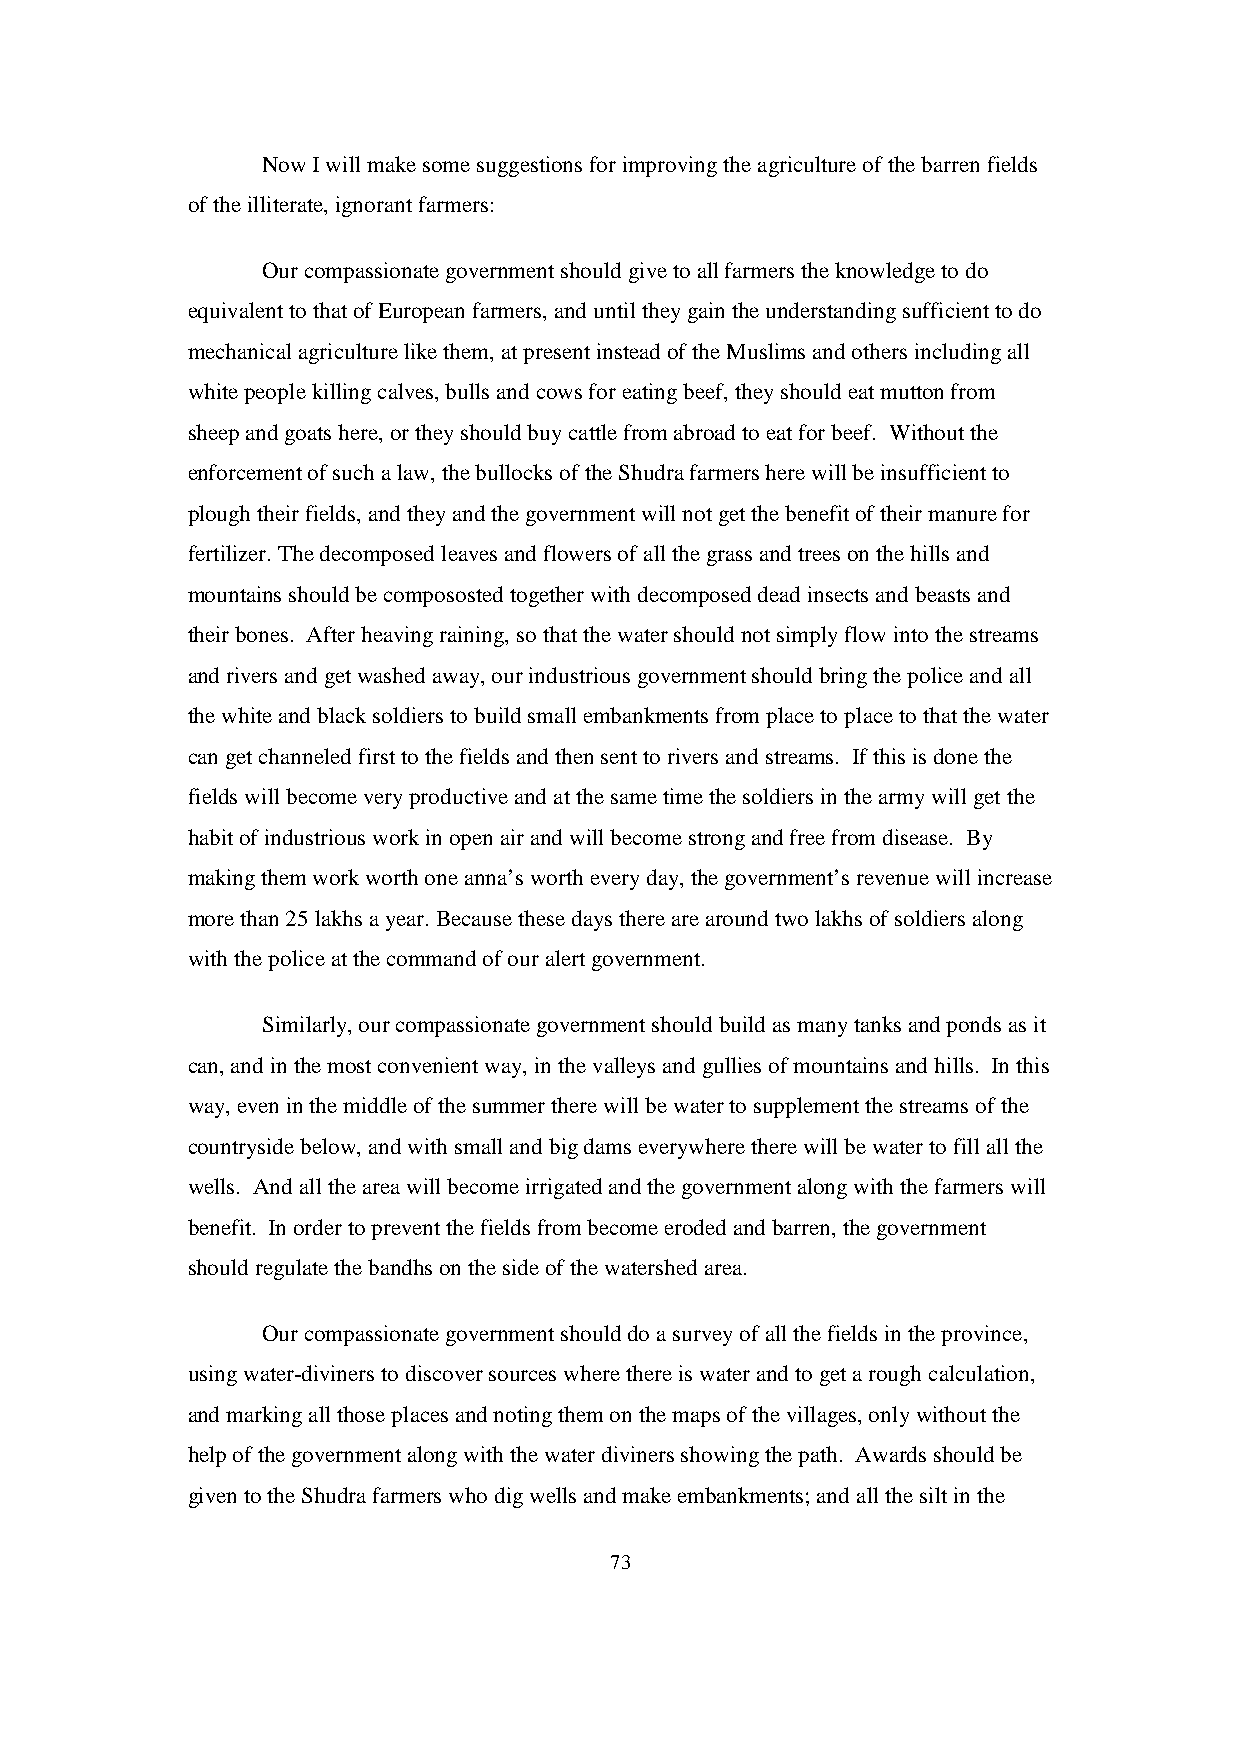
Now I will make some suggestions for improving the agriculture of the barren fields
 of the illiterate, ignorant farmers:
 Our compassionate government should give to all farmers the knowledge to do
 equivalent to that of European farmers, and until they gain the understanding sufficient to do
 mechanical agriculture like them, at present instead of the Muslims and others including all
 white people killing calves, bulls and cows for eating beef, they should eat mutton from
 sheep and goats here, or they should buy cattle from abroad to eat for beef. Without the
 enforcement of such a law, the bullocks of the Shudra farmers here will be insufficient to
 plough their fields, and they and the government will not get the benefit of their manure for
 fertilizer. The decomposed leaves and flowers of all the grass and trees on the hills and
 mountains should be compososted together with decomposed dead insects and beasts and
 their bones. After heaving raining, so that the water should not simply flow into the streams
 and rivers and get washed away, our industrious government should bring the police and all
 the white and black soldiers to build small embankments from place to place to that the water
 can get channeled first to the fields and then sent to rivers and streams. If this is done the
 fields will become very productive and at the same time the soldiers in the army will get the
 habit of industrious work in open air and will become strong and free from disease. By
 making them work worth one anna’s worth every day, the government’s revenue will increase
 more than 25 lakhs a year. Because these days there are around two lakhs of soldiers along
 with the police at the command of our alert government.
 Similarly, our compassionate government should build as many tanks and ponds as it
 can, and in the most convenient way, in the valleys and gullies of mountains and hills. In this
 way, even in the middle of the summer there will be water to supplement the streams of the
 countryside below, and with small and big dams everywhere there will be water to fill all the
 wells. And all the area will become irrigated and the government along with the farmers will
 benefit. In order to prevent the fields from become eroded and barren, the government
 should regulate the bandhs on the side of the watershed area.
 Our compassionate government should do a survey of all the fields in the province,
 using water-diviners to discover sources where there is water and to get a rough calculation,
 and marking all those places and noting them on the maps of the villages, only without the
 help of the government along with the water diviners showing the path. Awards should be
 given to the Shudra farmers who dig wells and make embankments; and all the silt in the
 73